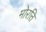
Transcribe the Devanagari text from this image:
मोरत्ति